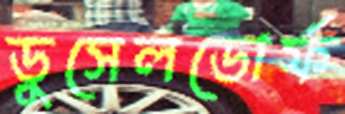
ডুসেলডোর্ফ